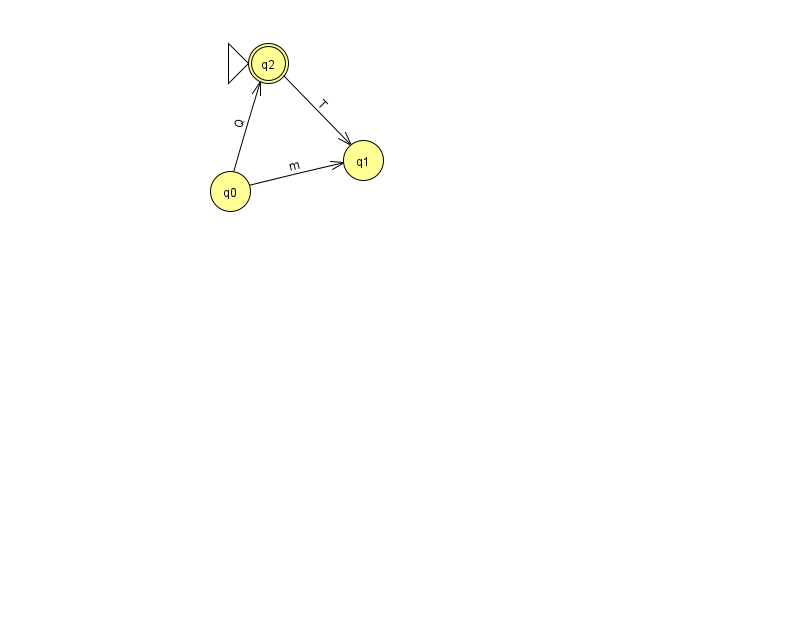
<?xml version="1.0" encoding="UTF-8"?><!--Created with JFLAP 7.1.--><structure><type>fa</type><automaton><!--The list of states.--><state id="0" name="q0"><x>230.0</x><y>178.0</y></state><state id="1" name="q1"><x>363.0</x><y>147.0</y></state><state id="2" name="q2"><x>268.0</x><y>50.0</y><initial/><final/></state><!--The list of transitions.--><transition><from>2</from><to>1</to><read>T</read></transition><transition><from>0</from><to>2</to><read>Q</read></transition><transition><from>0</from><to>1</to><read>m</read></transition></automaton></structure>